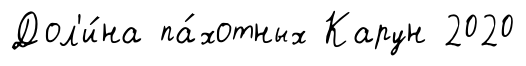
Дол'и́на па́хотных Карун 2020